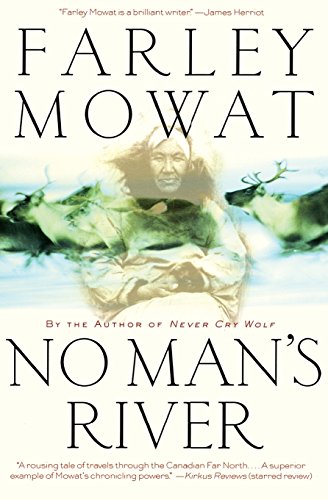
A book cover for No Man's River; Farley Mowat; Biographies & Memoirs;